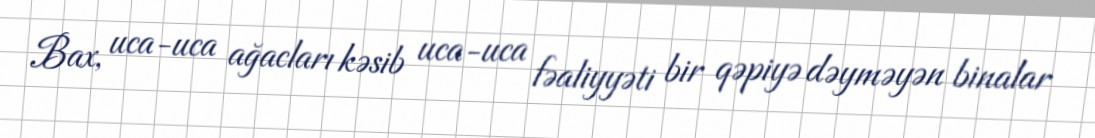
Bax, uca-uca ağacları kəsib uca-uca fəaliyyəti bir qəpiyə dəyməyən binalar